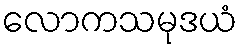
လောကသမုဒယံ